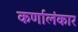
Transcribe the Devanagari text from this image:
कर्णालंकार